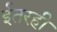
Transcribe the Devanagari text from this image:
ईतरही